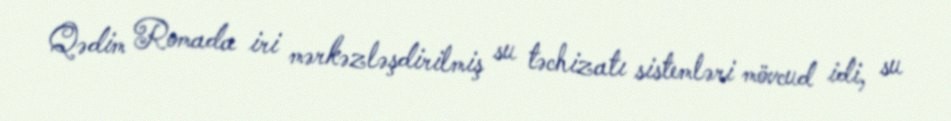
Qədim Romada iri mərkəzləşdirilmiş su təchizatı sistemləri mövcud idi, su